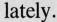
lately.